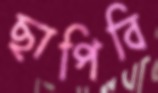
ছাপিবি